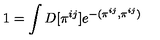
1 = \int D [ \pi ^ { i j } ] e ^ { - ( \pi ^ { i j } , \pi ^ { i j } ) }